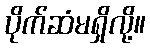
ပိုက်ဆံမရှိလို့။